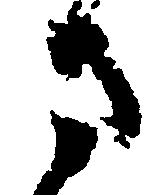
ま